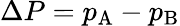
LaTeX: \Delta P=p_{\mathrm{{A}}}-p_{\mathrm{{B}}}